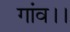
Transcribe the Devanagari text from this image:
गांव।।